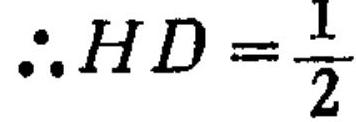
$\therefore HD=\frac{1}{2}$